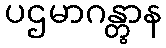
ပဌမာဂန္တွာန